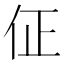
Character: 佂